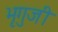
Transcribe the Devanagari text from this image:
भृगुजी